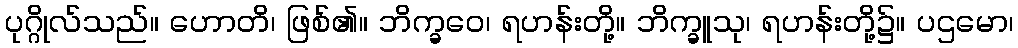
ပုဂ္ဂိုလ်သည်။ ဟောတိ၊ ဖြစ်၏။ ဘိက္ခဝေ၊ ရဟန်းတို့။ ဘိက္ခူသု၊ ရဟန်းတို့၌။ ပဌမော၊